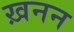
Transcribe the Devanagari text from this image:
ख़नन